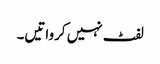
لفٹ نہیں کرواتیں۔